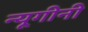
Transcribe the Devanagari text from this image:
न्यूगीनी